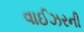
વાઈઝરની